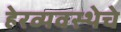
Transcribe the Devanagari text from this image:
हेरव्यवस्थेचे